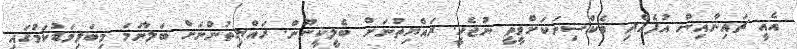
އެއީ ޗައިނާއިން އުފެއްދި ވެކްސިނަކަށްވީތީ ނުޖެހީ. ރައްޔިތުނަށް ބެލީކީނޫން. ރައްޔިތުންނަށް ބަލާނަމަ މިބަލިމަޑުކަމުގައި